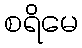
စရိမေ